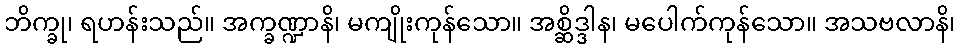
ဘိက္ခု၊ ရဟန်းသည်။ အက္ခဏ္ဍာနိ၊ မကျိုးကုန်သော။ အစ္ဆိဒ္ဒါန၊ မပေါက်ကုန်သော။ အသဗလာနိ၊